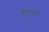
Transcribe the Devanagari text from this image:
लुटायचे